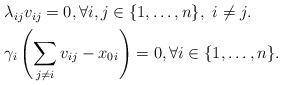
LaTeX: \begin{align*}\begin{aligned}&\lambda_{ij}v_{ij} = 0,\forall i,j\in\{1,\ldots,n\},\ i\neq j.\\&\gamma_i\left(\sum_{j\neq i} v_{ij} - x_0{_i}\right) = 0,\forall i\in\{1,\ldots,n\}.\end{aligned}\end{align*}